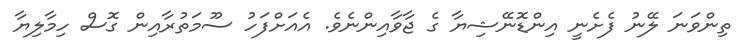
ތިންވަނަ ލޭނު ފެށެނީ އިންޑޮނޭޝިޔާ ގެ ޖާވާއިންނެވެ. އެއަށްފަހު ސޫމަތުރާއިން ގޮސް ހިމާލިޔާ